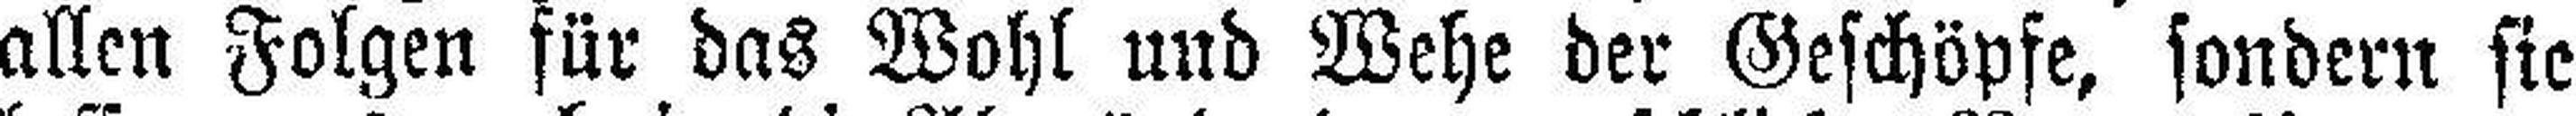
allen Folgen für das Wohl und Wehe der Geschöpfe, sondern sie